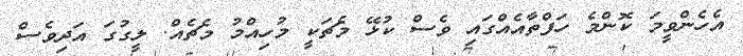
އެހެންވީމަ ކޮންމެ ހަފްތާއެއްގައި ވެސް ކުޅޭ މެޗަކީ މުހިއްމު މެޗެއް. ލީގުގަ އަދިވެސް